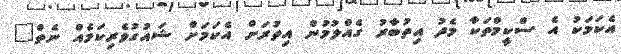
އެކަމަކު އެ ސްކީމްތަކާ މެދު އިތުބާރު ގެއްލުމުން އިތުރަށް އެކަމަށް ޝައުގުވެރިކަމެއް ނެތް"